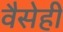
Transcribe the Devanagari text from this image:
वैसेही